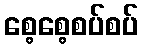
စေ့စေ့စပ်စပ်